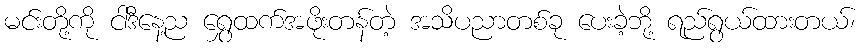
မင်းတို့ကို ငါဒီနေ့ည ရွှေထက်အဖိုးတန်တဲ့ အသိပညာတစ်ခု ပေးခဲ့ဘို့ ရည်ရွယ်ထားတယ်၊